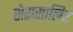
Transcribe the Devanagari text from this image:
सेरासालिर